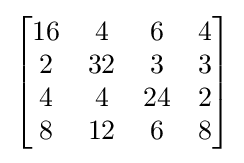
{\begin{bmatrix}{\begin{matrix}16&4&6&4\\2&32&3&3\\4&4&24&2\\8&12&6&8\end{matrix}}\end{bmatrix}}